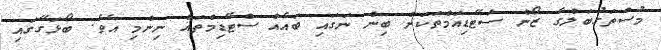
މުސްތަގުބަލްގެ ޒޯން ސްޓޭޑިއަމްތަކަށް ބިން ނަގައި ބައެއް ސްޓޭޑިމްތައް ނިންމި އެވެ. ބޯޅަގޭގައި